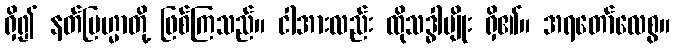
ရှိ၍ နတ်ဗြဟ္မာတို့ ဖြစ်ကြသည်။ ငါအားလည်း ထိုသဒ္ဓါမျိုး ရှိ၏။ အရတော်လေစွ။